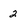
Character: 2